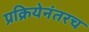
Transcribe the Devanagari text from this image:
प्रक्रियेनंतरच